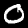
Label: 0